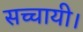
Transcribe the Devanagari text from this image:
सच्चायी।